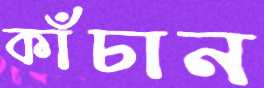
কাঁচান